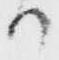
か